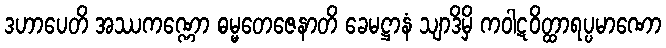
ဒဟာပေတိ အဿကဏ္ဏော ဓမ္မတေဇေနာတိ ခေမဋ္ဌာနံ သျာဒိမှိ ကဝါဋဝိတ္ထာရပ္ပမာဏော